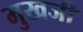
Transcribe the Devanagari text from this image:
मुखजी